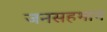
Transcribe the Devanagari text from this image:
जनसहभाग